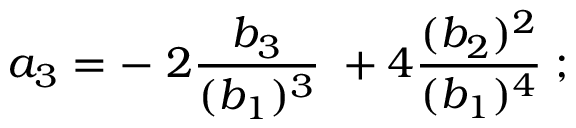
a _ { 3 } = - \; 2 { \frac { b _ { 3 } } { ( b _ { 1 } ) ^ { 3 } } } \; + 4 { \frac { ( b _ { 2 } ) ^ { 2 } } { ( b _ { 1 } ) ^ { 4 } } } \; ;